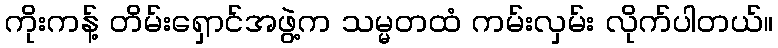
ကိုးကန့် တိမ်းရှောင်အဖွဲ့က သမ္မတထံ ကမ်းလှမ်း လိုက်ပါတယ်။